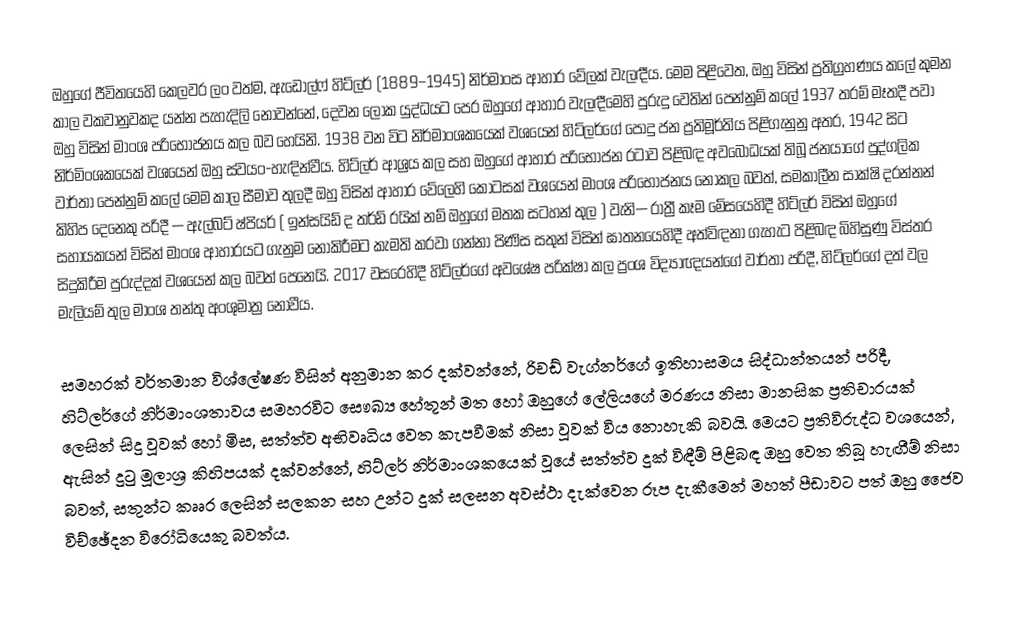
ඔහුගේ ජීවිතයෙහි කෙලවර ලං වත්ම, ඇඩොල්ෆ් හිට්ලර් (1889–1945) නිර්මාංස ආහාර වේලක් වැලඳීය. මෙම පිළිවෙත, ඔහු විසින්  ප්‍රතිග්‍රහණය කලේ කුමන කාල වකවානුවකද යන්න පැහැදිලි නොවන්නේ, දෙවන ලෝක යුද්ධයට  පෙර ඔහුගේ ආහාර වැලඳීමෙහි පුරුදු වෙතින් පෙන්නුම් කලේ 1937 තරම් මෑතදී පවා ඔහු විසින් මාංශ පරිභෝජනය කල බව හෙයිනි. 1938 වන විට නිර්මාංශකයෙක් වශයෙන් හිට්ලර්ගේ පොදු ජන ප්‍රතිමූර්තිය පිළිගැනුනු අතර, 1942 සිට නිර්මිංශකයෙක් වශයෙන් ඔහු ස්වයං-හැඳින්වීය. හිට්ලර් ආශ්‍රය කල සහ ඔහුගේ ආහාර පරිභෝජන රටාව පිළිබඳ අවබෝධයක් තිබූ ජනයාගේ පුද්ගලික වාර්තා පෙන්නුම් කලේ මෙම කාල සීමාව තුලදී ඔහු විසින් ආහාර වේලෙහි කොටසක් වශයෙන් මාංශ පරිභෝජනය නොකල බවත්,  සමකාලීන සාක්ෂි දරන්නන් කිහිප දෙනෙකු පරිදී — ඇල්බට් ෂ්පියර් ( ඉන්සයිඩ් ද තර්ඩ් රයික් නම් ඔහුගේ මතක සටහන් තුල ) වැනි— රාත්‍රී කෑම මේසයෙහිදී හිට්ලර් විසින් ඔහුගේ සහායකයන් විසින් මාංශ ආහාරයට ගැනුම නොකිරීමට කැමති කරවා ගන්නා පිණිස සතුන් විසින් ඝාතනයෙහිදී අත්විඳනා ගැහැට පිළිබඳ බිහිසුණු විස්තර සිදුකිරීම පුරුද්දක් වශයෙන් කල බවත් පෙනෙයි. 2017 වසරෙහිදී හිට්ලර්ගේ අවශේෂ පරික්ෂා කල ප්‍රංශ විද්‍යාඥයන්ගේ වාර්තා පරිදී, හිට්ලර්ගේ දත් වල මැලියම් තුල මාංශ තන්තු අංශුමාත්‍ර නොවීය.

සමහරක් වර්තමාන විශ්ලේෂණ විසින් අනුමාන කර දක්වන්නේ,   රිචඩ් වැග්නර්ගේ ඉතිහාසමය සිද්ධාන්තයන් පරිදී, හිට්ලර්ගේ නිර්මාංශතාවය සමහරවිට සෞඛ්‍ය හේතූන් මත හෝ ඔහුගේ ලේලියගේ මරණය නිසා මානසික ප්‍රතිචාරයක් ලෙසින් සිදු වූවක් හෝ   මිස, සත්ත්ව අභිවෘධිය වෙත කැපවීමක් නිසා වූවක් විය නොහැකි බවයි. මෙයට ප්‍රතිවිරුද්ධ වශයෙන්, ඇසින් දුටු මූලාශ්‍ර කිහිපයක් දක්වන්නේ, හිට්ලර් නිර්මාංශකයෙක් වූයේ සත්ත්ව දුක් විඳීම් පිළිබඳ ඔහු වෙත තිබූ හැඟීම් නිසා බවත්, සතුන්ට කෲර ලෙසින් සලකන සහ උන්ට දුක් සලසන අවස්ථා දැක්වෙන රූප දැකීමෙන් මහත් පීඩාවට පත් ඔහු  ජෛව විච්‍‍ඡේදන විරෝධියෙකු බවත්ය.